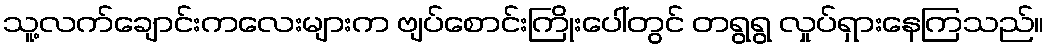
သူ့လက်ချောင်းကလေးများက ဗျပ်စောင်းကြိုးပေါ်တွင် တရွရွ လှုပ်ရှားနေကြသည်။